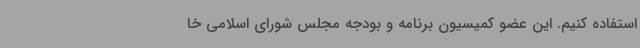
استفاده کنیم. این عضو کمیسیون برنامه و بودجه مجلس شورای اسلامی خا